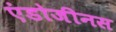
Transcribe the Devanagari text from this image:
एंडोजीनस